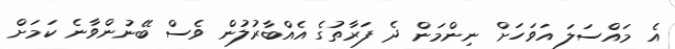
އެ މައްސަލަ އަވަހަށް ނިންމަން ދެ ފަރާތުގެ އެއްބާރުލުން ވެސް ބޭނުންވާނެ ކަމަށް